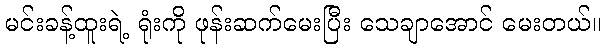
မင်းခန့်ထူးရဲ့ ရုံးကို ဖုန်းဆက်မေးပြီး သေချာအောင် မေးတယ်။